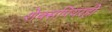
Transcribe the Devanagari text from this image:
शेक्सपियरही